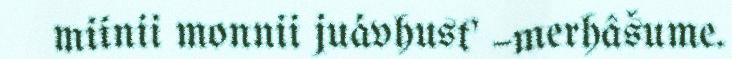
miinii monnii juávhust' –merhâšume.